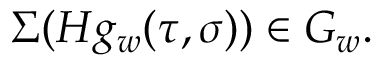
\Sigma ( H g _ { w } ( \tau , \sigma ) ) \in G _ { w } .